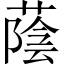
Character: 蔭